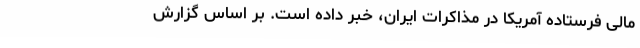
مالی فرستاده آمریکا در مذاکرات ایران، خبر داده است. بر اساس گزارش